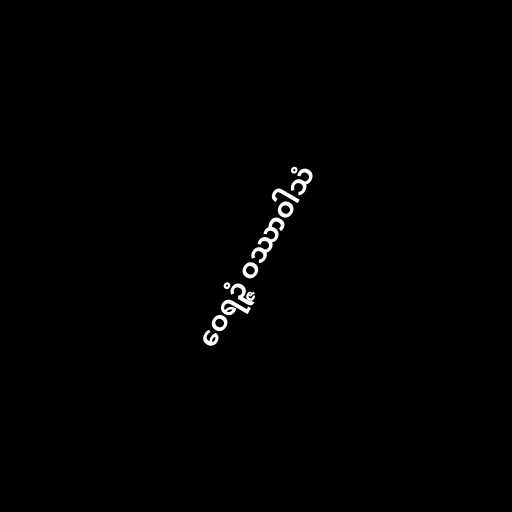
ဝေရဉ္ဇံ ဝဿာဝါသံ